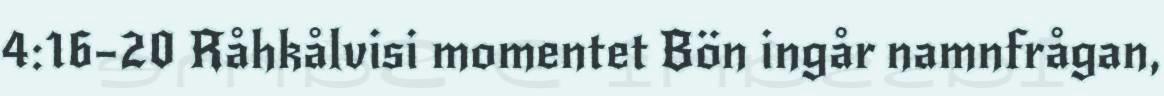
4:16–20 Råhkålvisi momentet Bön ingår namnfrågan,